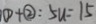
\textcircled { 1 } + \textcircled { 2 } : 5 u = 1 5